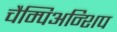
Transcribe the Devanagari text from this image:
चैम्पिअन्शिप